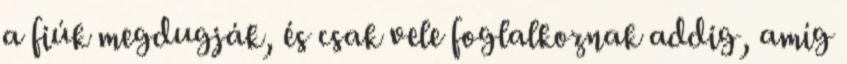
a fiúk megdugják, és csak vele foglalkoznak addig, amíg